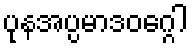
ပုနအပ္ပမာဒဝဂ္ဂေါ